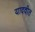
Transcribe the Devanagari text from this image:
यादवीत